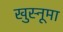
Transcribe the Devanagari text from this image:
खुस्नूमा